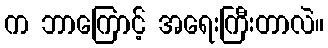
က ဘာကြောင့် အရေးကြီးတာလဲ။